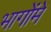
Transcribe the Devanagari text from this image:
भागोंमें